Elephants and their diseases
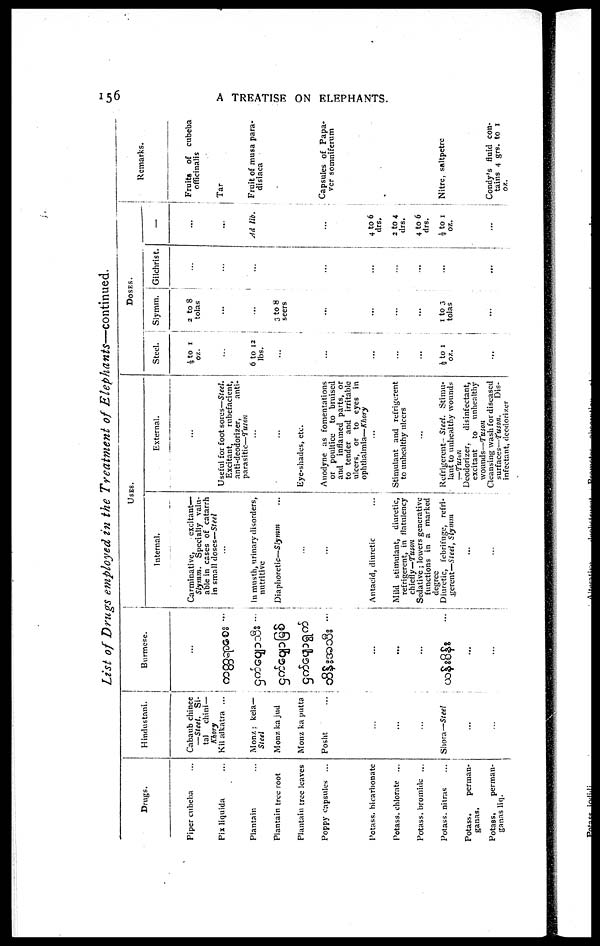
156
A TREATISE ON ELEPHANTS.
List of Drugs employed in the Treatment of
Elephants—continued.
Drugs.
Piper cubeba
Pix liquida
Plantain
Plantain tree root
Plantain tree leaves
Poppy capsules ...
Potass, bicarbonate
Potass, chlorate ...
Potass, bromide ...
Potass, nitras
Potass,
perman¬
ganas.
Potass,
perman¬
ganas liq.
Hindustani.
Cabaub chinee
—Steel.
Si¬
tal
chini—
Khory
Kil alkatra ...
Monz; kela—
Steel
Monz ka jud
Monz ka pntta
Posht
...
...
...
Shora—Steel
...
...
Burmese.
...
...
...
...
USES.
Internal.
Carminative,
excitant—
Slymm.
Specially valu-
able in cases of catarrh
in small doses—Steel
...
In musth, urinary disorders,
nutritive
Diaphoretic— Slymm
...
...
Antacid, diuretic
Mild stimulant, diuretic,
refrigerent, in flatulency
chiefly—Tuson
Sedative; lowers generative
functions in a marked
degree
Diuretic, febrifuge, refri-
gerent—Steel, Slymm
...
...
External.
...
Useful for foot sores—Steel.
Excitant,
rubefacient,
anti-deodorizer,
anti-
parasitic—Tuton
...
...
Eye-shades, etc.
Anodyne as fomentations
or poultice to bruised
and inflamed parts, or
to tender and irritable
ulcers, or to eyes in
ophthalmia—Khory
...
Stimulant and refrigerent
to unhealthy ulcers
...
Refrigerent- Steel. Stimu-
- lant to unhealthy wounds
— Tusun
Deodorizer,
disinfectant,
excitant
to
unhealthy
wounds—Tuson
Cleansing wash for diseased
surfaces—Tuson.
Dis-
infectant, deodorizer
DOSES.
Steel.
½ to 1
oz.
...
6 to 12
lbs.
...
...
...
...
...
½ to 1
oz.
...
Slymm.
2 to 8
tolas
...
...
3 to 8
seers
...
...
...
...
1 to 3
tolas
...
Gilchrist.
...
....
...
...
...
...
...
...
...
—
....
...
Ad lib.
...
4 to 6
drs.
2 to 4
drs.
4 to 6
drs.
½ to 1
oz.
...
Remarks.
Fruits of cubeba
officinalis
Tar
Fruit of musa para¬
disiaca
Capsules of Papa¬
ver somniferum
Nitre, saltpetre
Condy's fluid con¬
tains 4 grs. to 1
oz.